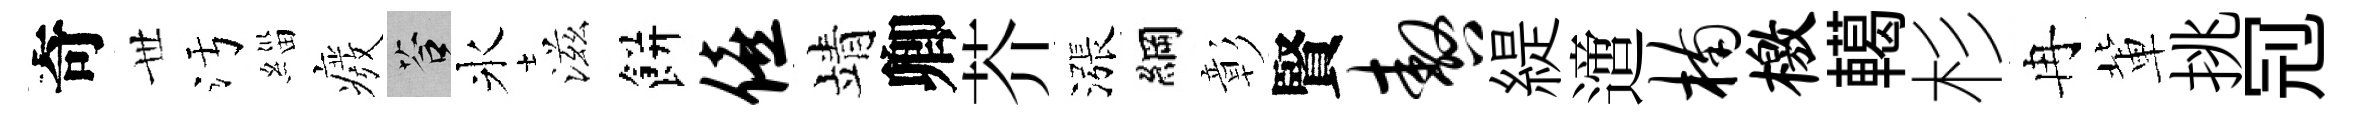
奇𠀍污緇癈答氷滋餅僖靖卿芥漲綱彰賢嗷緹𨗁楠檄轕杉冉軰挑𠜍